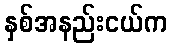
နှစ်အနည်းငယ်က